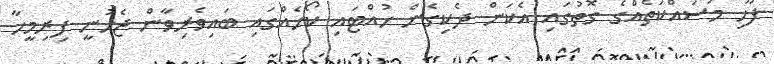
ފޫހި މަސައްކަތެއްގެ ގޮތުގައި އެކަން ދެކިގެން ހުއްޓައި ކޯހެއްގައި ބައިވެރިވާން ޖެހުނީ ފިރިމީހާ